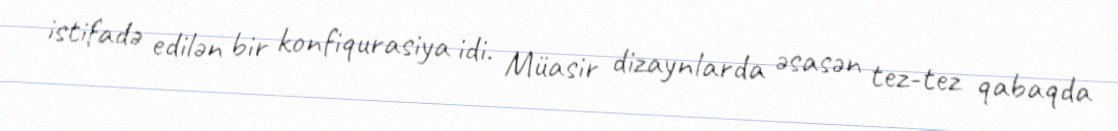
istifadə edilən bir konfiqurasiya idi. Müasir dizaynlarda əsasən tez-tez qabaqda